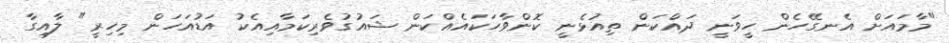
"މާމައަށް އެނގޭހެން ހީވަނީ ދައްކަން ތިއުޅެނީ ކޮންވާހަކައެއްކަން ޝައުގުވެރިކަމާއިއެކު އަޑުއަހަން މިހިރީ" ލާއިގާ